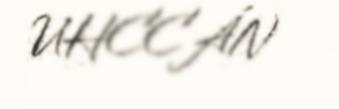
UHCCÁN